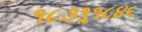
૧૮૩૧ૢ૧૮૪૬